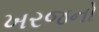
ખરજનો